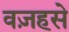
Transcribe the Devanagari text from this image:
वज़हसे